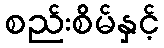
စည်းစိမ်နှင့်